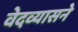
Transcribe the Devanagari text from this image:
वेदव्यासने